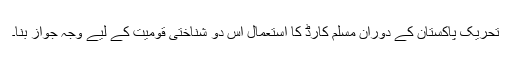
تحریک پاکستان کے دوران مسلم کارڈ کا استعمال اس دو شناختی قومیت کے لیے وجہِ جواز بنا۔